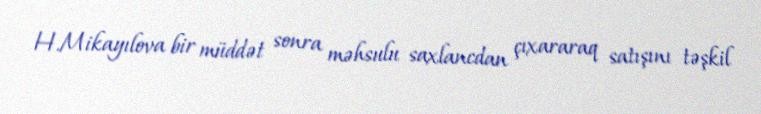
H.Mikayılova bir müddət sonra məhsulu saxlancdan çıxararaq satışını təşkil